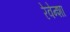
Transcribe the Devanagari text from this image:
रेवेन्शा